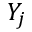
Y _ { j }